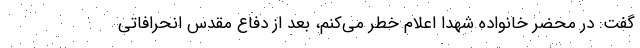
گفت: در محضر خانواده شهدا اعلام خطر می‌کنم، بعد از دفاع مقدس انحرافاتی